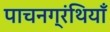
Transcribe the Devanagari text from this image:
पाचनग्रंथियाँ